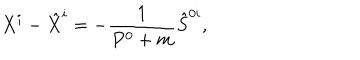
X ^ { i } - \hat { X } ^ { i } = - \frac { 1 } { P ^ { 0 } + m } \hat { S } ^ { 0 i } ,